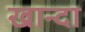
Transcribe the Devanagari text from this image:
खान्दा